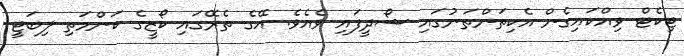
ޓިކެޓް ވިއްކައިގެން އެކިތަންތަނުގައި ޝޯދީފައި ވެއެވެ. އޭގެ ތެރޭގައި ކޯޒީގެ ކަންމަތި ލިބަޓީ